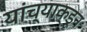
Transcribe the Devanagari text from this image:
यांच्याक्डून